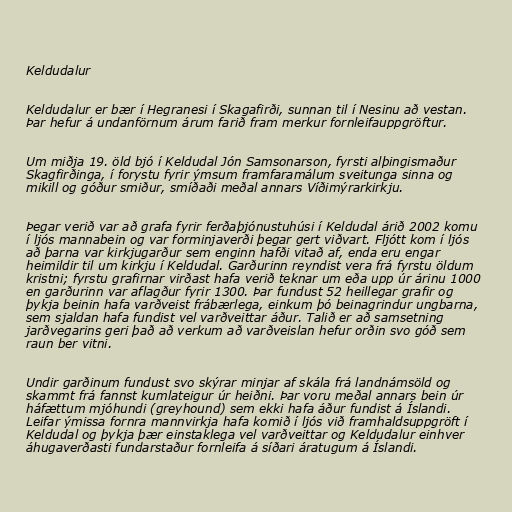
Keldudalur

Keldudalur er bær í Hegranesi í Skagafirði, sunnan til í Nesinu að vestan.
Þar hefur á undanförnum árum farið fram merkur fornleifauppgröftur.

Um miðja 19. öld bjó í Keldudal Jón Samsonarson, fyrsti alþingismaður
Skagfirðinga, í forystu fyrir ýmsum framfaramálum sveitunga sinna og
mikill og góður smiður, smíðaði meðal annars Víðimýrarkirkju.

Þegar verið var að grafa fyrir ferðaþjónustuhúsi í Keldudal árið 2002 komu
í ljós mannabein og var forminjaverði þegar gert viðvart. Fljótt kom í ljós
að þarna var kirkjugarður sem enginn hafði vitað af, enda eru engar
heimildir til um kirkju í Keldudal. Garðurinn reyndist vera frá fyrstu öldum
kristni; fyrstu grafirnar virðast hafa verið teknar um eða upp úr árinu 1000
en garðurinn var aflagður fyrir 1300. Þar fundust 52 heillegar grafir og
þykja beinin hafa varðveist frábærlega, einkum þó beinagrindur ungbarna,
sem sjaldan hafa fundist vel varðveittar áður. Talið er að samsetning
jarðvegarins geri það að verkum að varðveislan hefur orðin svo góð sem
raun ber vitni.

Undir garðinum fundust svo skýrar minjar af skála frá landnámsöld og
skammt frá fannst kumlateigur úr heiðni. Þar voru meðal annars bein úr
háfættum mjóhundi (greyhound) sem ekki hafa áður fundist á Íslandi.
Leifar ýmissa fornra mannvirkja hafa komið í ljós við framhaldsuppgröft í
Keldudal og þykja þær einstaklega vel varðveittar og Keldudalur einhver
áhugaverðasti fundarstaður fornleifa á síðari áratugum á Íslandi.